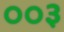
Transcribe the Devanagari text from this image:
००३